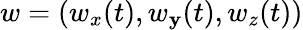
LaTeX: w=(w_{x}(t),w_{\mathbf{y}}(t),w_{z}(t))